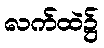
လက်ထဲ၌